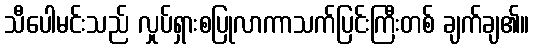
သီပေါမင်းသည် လှုပ်ရှားစပြုလာကာသက်ပြင်းကြီးတစ် ချက်ချ၏။